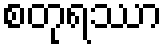
စတုရဿာ